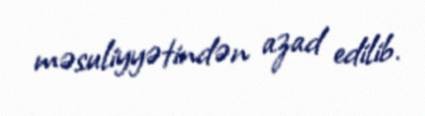
məsuliyyətindən azad edilib.